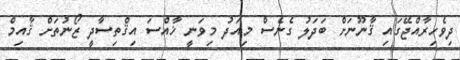
ދިވެހިރާއްޖޭގައި ޤާނޫނަށް ބަދަލު ގެނެސް މިއަދު މިވަނީ ޚާއްސަ އިޤްތިސާދީ ޒޯނުތަށް ޤާއިމް